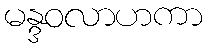
မန္ဒဝလာဟကာ